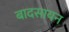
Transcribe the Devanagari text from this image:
बादसायन